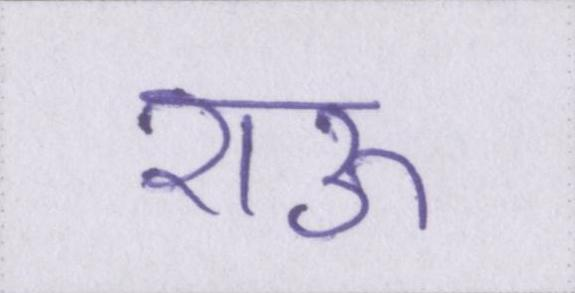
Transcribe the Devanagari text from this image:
राऊ